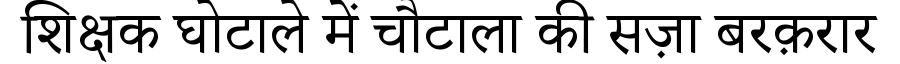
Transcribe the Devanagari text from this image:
शिक्षक घोटाले में चौटाला की सज़ा बरक़रार